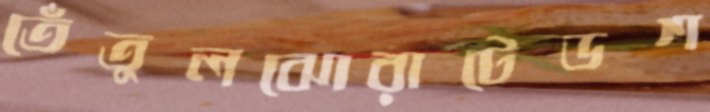
তেঁতুলঝোরাটেডশ